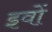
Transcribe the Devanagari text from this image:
इवों